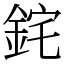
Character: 䤩